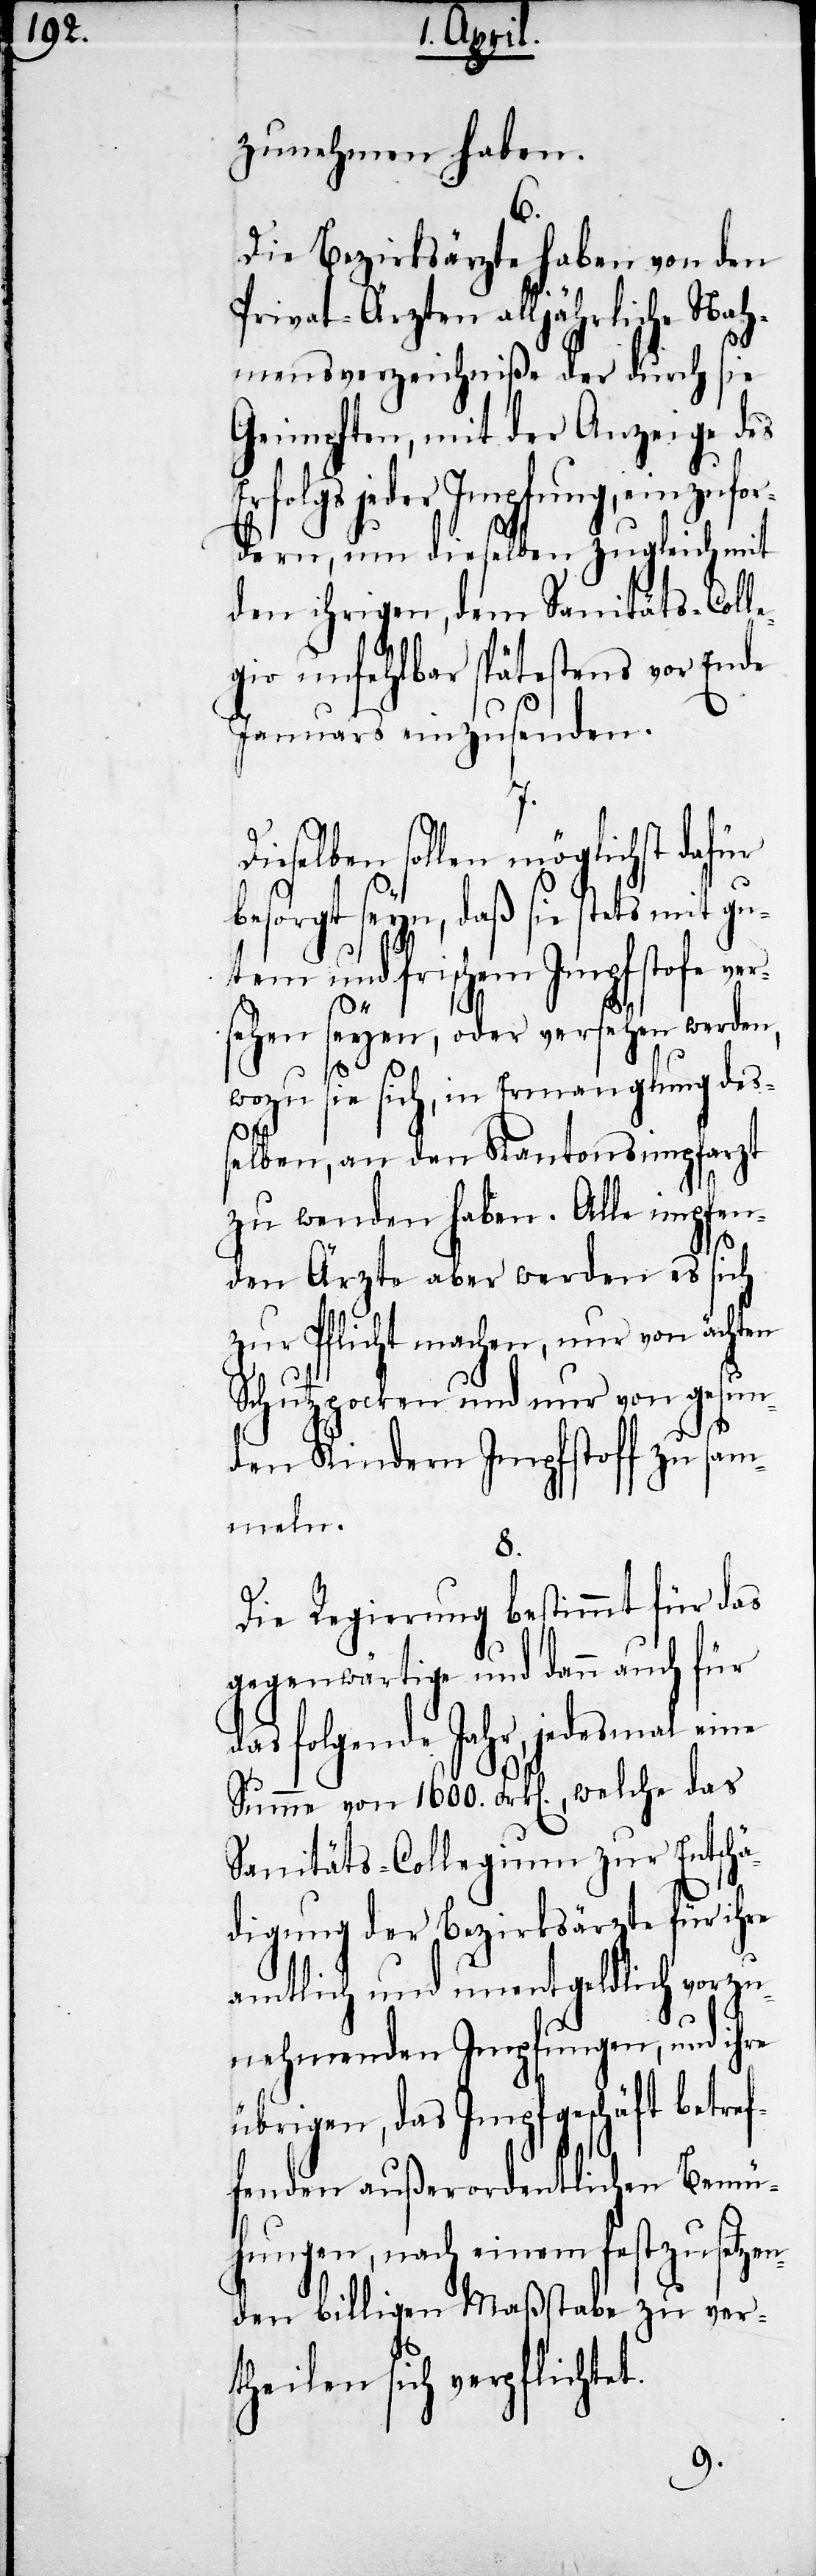
zunehmen haben.
d¬
Die Bezirksärzte haben von den
Privat-Ärzten alljährliche Nah¬
mensverzeichniße der durch sie
Geimpften, mit der Anzeige des
Erfolgs jeder Impfung, einzufor¬
dern, um dieselben zugleich mit
den ihrigen, dem Sanitäts-Coll¬
gio unfehlbar spätestens vor Ende
Januars einzusenden.
Dieselben sollen möglichst dafür
besorgt seyn, daß sie stets mit gu¬
tem und frischem Impfstofe ve¬
ef¬
sehen seyen, oder versehen werden,
wozu sie sich, in Ermanglung des¬
selben, an den Kantonsimpfarzt
zu wenden haben. Alle impfen¬
den Ärzte aber werden es sich
zur Pflicht machen, nur von ächten
Schutzpocken und nur von gesun¬
den Kindern Impfstoff zu sam¬
meln.
8.
Die Regierung bestimmt für das
gegenwärtige und dann auch für
as folgende Jahr, jedesmal eine
Summe von 1600. Frk[en]., welche das
Sanitäts-Collegium zur Entsch¬
ldlich
digung der Bezirk¬
vorzu¬
amtlich und unentge¬
nehmenden Impfungen, und ihre
übrigen, das Impfgeschäft betr¬
fenden außerordentlichen Bemü¬
hungen, nach einem festzusetzen¬
den billigen Maßstabe zu ver¬
theilen sich verpflichtet.